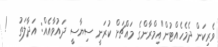
ވެރިކަން ދެމެހެއްޓުން"އިމްރާންގެ މައްޗަށް ކުރަނީ ސިޔާސީ ދައުވާއެއް: އަދާލަތު   !